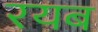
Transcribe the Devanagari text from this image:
रयब